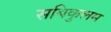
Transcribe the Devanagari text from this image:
सबिकुलम